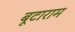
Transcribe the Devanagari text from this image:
बूटाराम